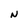
Character: N